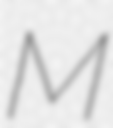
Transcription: M